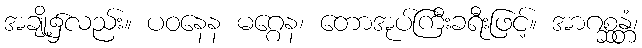
အချို့၌လည်း။ ပဝနေန မဂ္ဂေန၊ တောအုပ်ကြီးခရီးဖြင့်။ အာဂစ္ဆန္တံ၊